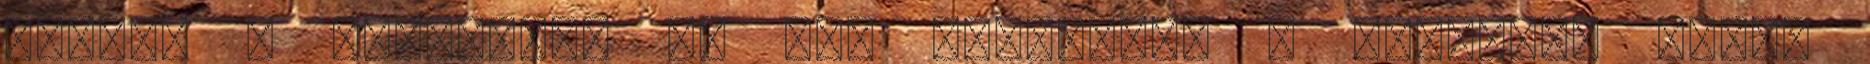
tőlünk a szerencse és nem született a mérkőzés végén